Document type: Emphyteutic lease
Year: 1316
Scribe: Guillem de Vila
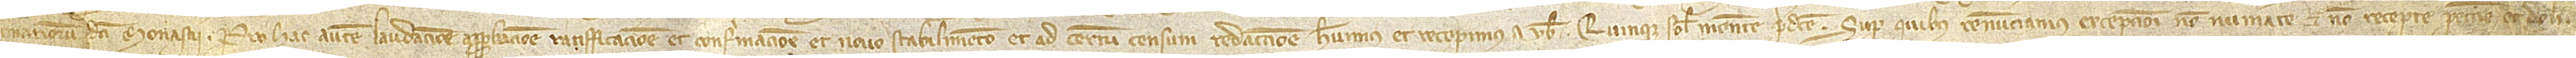
camerariorum dicti monasterii. Pro hac autem laudacione, approbacione, ratifficacione et confirmacione et novo stabilimento et ad certum censum redaccione habuimus et recepimus a vobis quinque solidos monete predicte, super quibus renunciamus excepcioni non numerate et non recepte peccunie et doli.